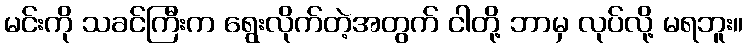
မင်းကို သခင်ကြီးက ရွေးလိုက်တဲ့အတွက် ငါတို့ ဘာမှ လုပ်လို့ မရဘူး။